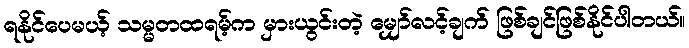
ရနိုင်ပေမယ့် သမ္မတထရမ့်က မှားယွင်းတဲ့ မျှော်လင့်ချက် ဖြစ်ချင်ဖြစ်နိုင်ပါတယ်။